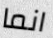
انما